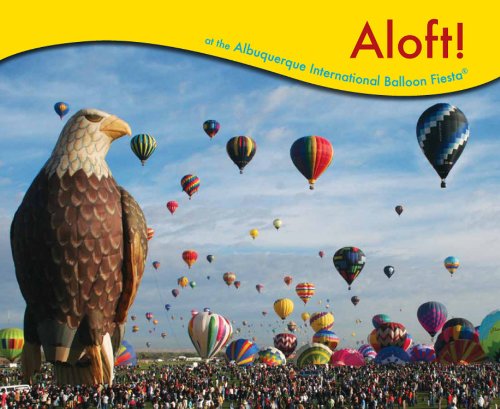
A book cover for Aloft! at the Albuquerque International Balloon Fiesta; Douglas M. Heller; Sports & Outdoors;